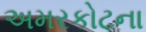
અમરકોટના